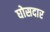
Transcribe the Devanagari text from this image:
घोसदार